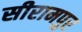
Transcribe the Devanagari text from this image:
सीरामपुर